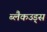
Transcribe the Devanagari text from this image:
ब्लैकउड्स